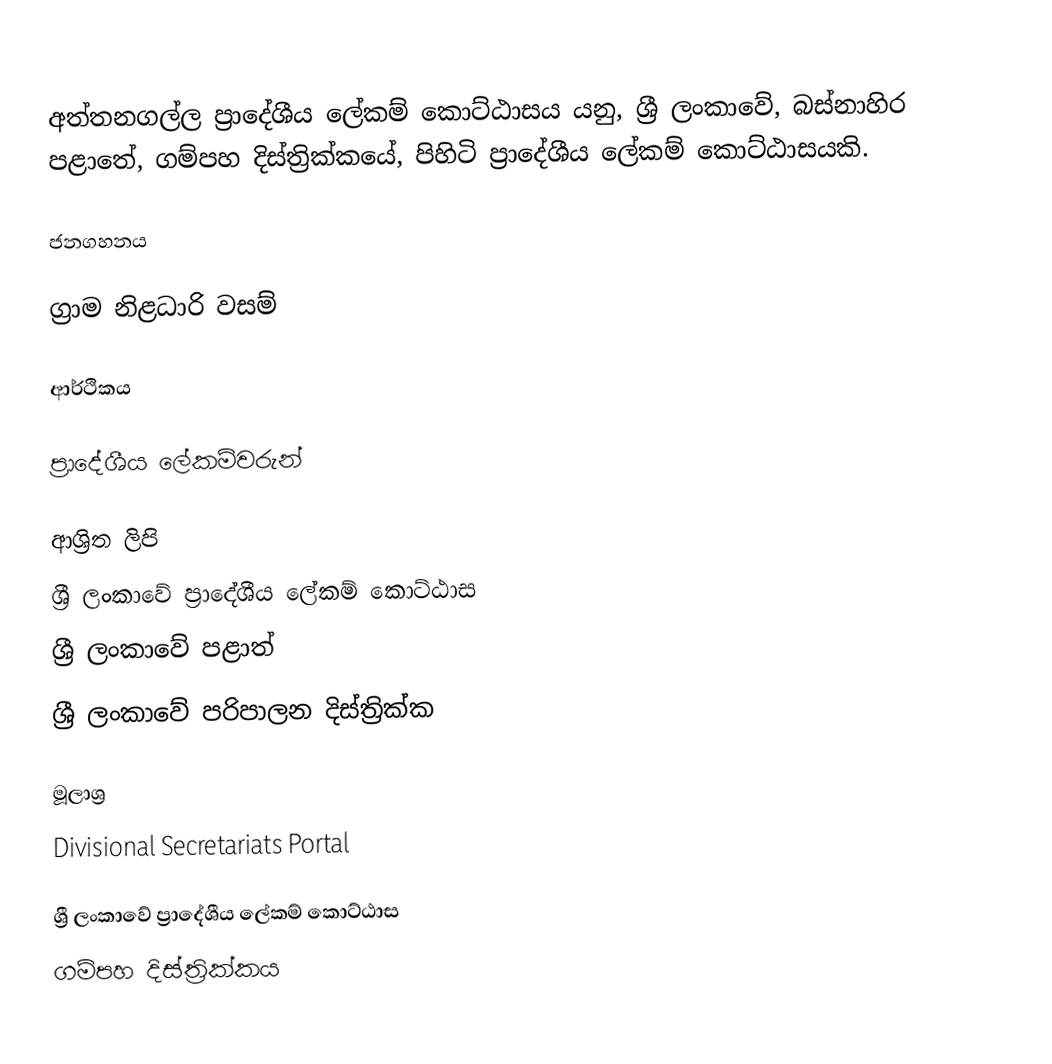
අත්තනගල්ල ප්‍රාදේශීය ලේකම් කොට්ඨාසය යනු,  ශ්‍රී ලංකාවේ, බස්නාහිර පළාතේ,   ගම්පහ දිස්ත්‍රික්කයේ, පිහිටි ප්‍රාදේශීය ලේකම් කොට්ඨාසයකි.

ජනගහනය

ග්‍රාම නිළධාරි වසම්

ආර්ථිකය

ප්‍රාදේශීය ලේකම්වරුන්

ආශ්‍රිත ලිපි
ශ්‍රී ලංකාවේ ප්‍රාදේශීය ලේකම් කොට්ඨාස
ශ්‍රී ලංකාවේ පළාත්
ශ්‍රී ලංකාවේ පරිපාලන දිස්ත්‍රික්ක

මූලාශ්‍ර
 Divisional Secretariats Portal

ශ්‍රී ලංකාවේ ප්‍රාදේශීය ලේකම් කොට්ඨාස
ගම්පහ දිස්ත්‍රික්කය